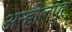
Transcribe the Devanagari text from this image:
अन्हीलपुर